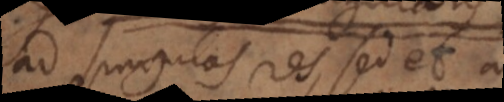
ad singulas res, sed et ad